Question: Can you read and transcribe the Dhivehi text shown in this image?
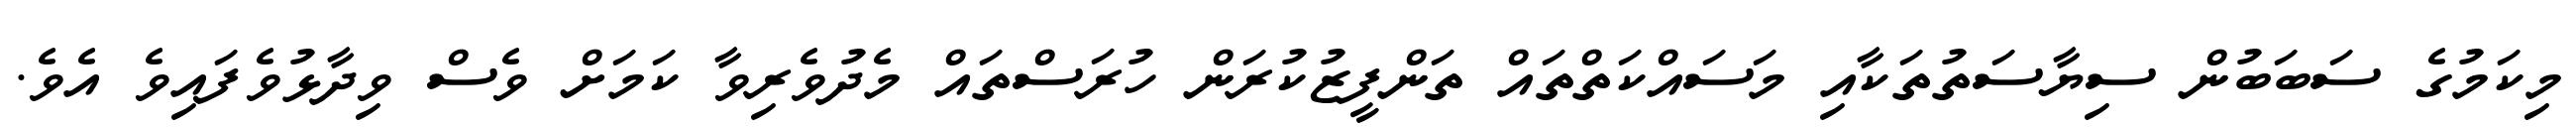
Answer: މިކަމުގެ ސަބަބުން ސިޔާސަތުތަކާއި މަސައްކަތްތައް ތަންފީޒުކުރަން ހުރަސްތައް މެދުވެރިވާ ކަމަށް ވެސް ވިދާޅުވެފައިވެ އެވެ.